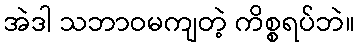
အဲဒါ သဘာဝမကျတဲ့ ကိစ္စရပ်ဘဲ။